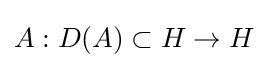
A:D(A)\subset H\to H